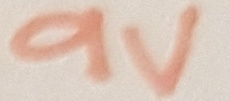
Text: 9V